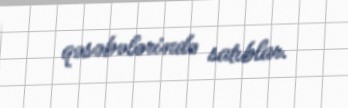
qəsəbələrində satıblar.